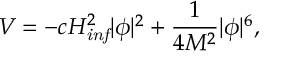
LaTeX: V = - c H _ { \it i n f } ^ { 2 } | \phi | ^ { 2 } + \frac { 1 } { 4 M ^ { 2 } } | \phi | ^ { 6 } ,